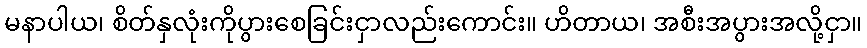
မနာပါယ၊ စိတ်နှလုံးကိုပွားစေခြင်းငှာလည်းကောင်း။ ဟိတာယ၊ အစီးအပွားအလို့ငှာ။